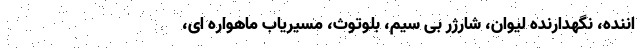
اننده، نگهدارنده لیوان، شارژر بی سیم، بلوتوث، مسیریاب ماهواره ای،